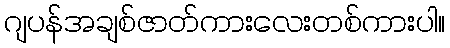
ဂျပန်အချစ်ဇာတ်ကားလေးတစ်ကားပါ။